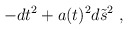
\begin{align*}-dt^{2} + a(t)^2 d\tilde{s}^2~,\end{align*}